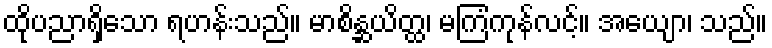
ထိုပညာရှိသော ရဟန်းသည်။ မာစိန္ဆယိတ္ထ၊ မကြံကုန်လင့်။ အယျော၊ သည်။